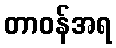
တာဝန်အရ